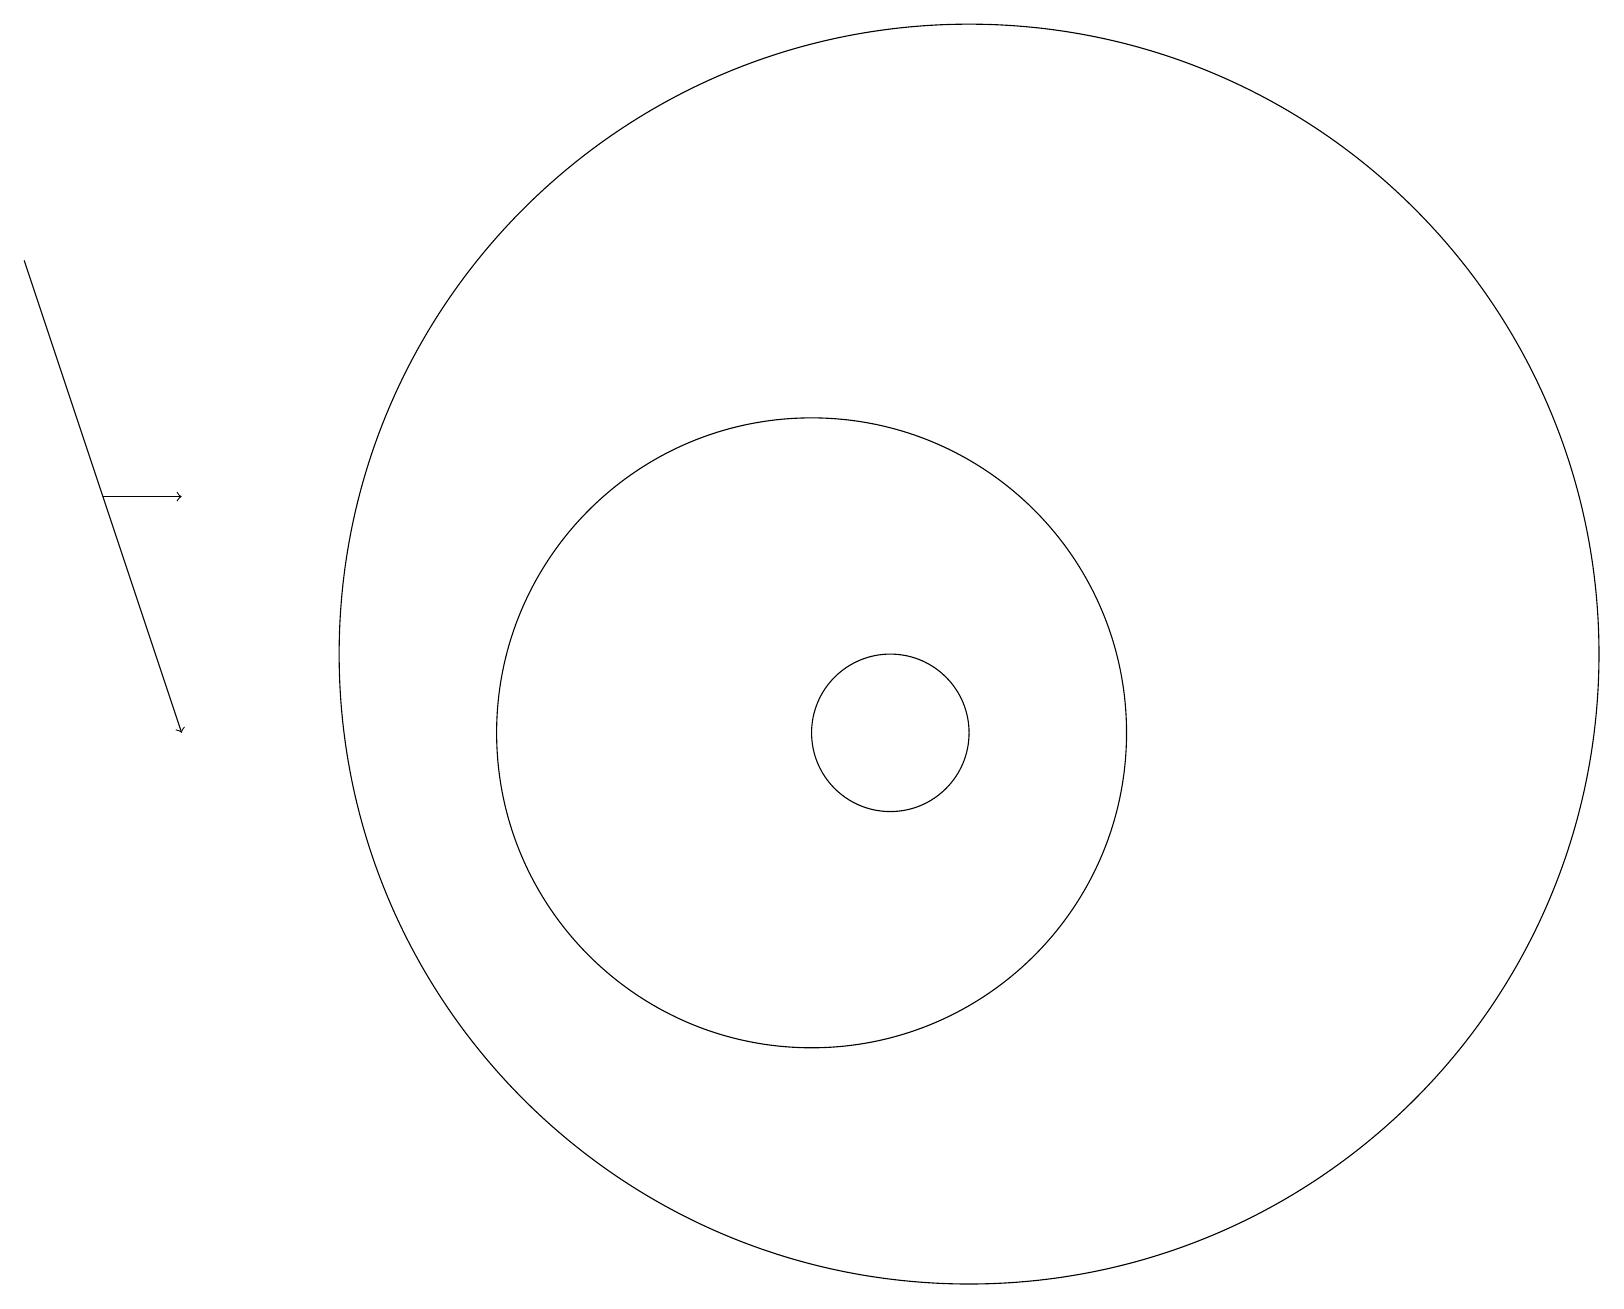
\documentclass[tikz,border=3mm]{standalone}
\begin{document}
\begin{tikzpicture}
\draw (11,10) circle (1);
\draw[->] (1,13) -- (2,13);
\draw (10,10) circle (4);
\draw[->] (0,16) -- (2,10);
\draw (12,11) circle (8);
\draw (12,12) circle (0);
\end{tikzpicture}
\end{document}